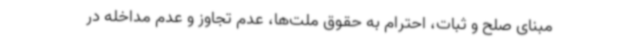
مبنای صلح و ثبات، احترام به حقوق ملت‌ها، عدم تجاوز و عدم مداخله در